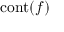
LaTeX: \operatorname { c o n t } ( f )